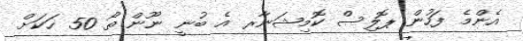
އެންމެ ފަހުން ޕޮލިސް ކޮމިޝަނާރ އެ ބުނީ ނޫން ތޯ 50 ހަކަށް